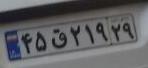
۴۵ق۲۱۹۲۹